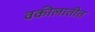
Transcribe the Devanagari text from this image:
वकीलातीत